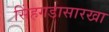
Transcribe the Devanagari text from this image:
सिंहगडासारखा